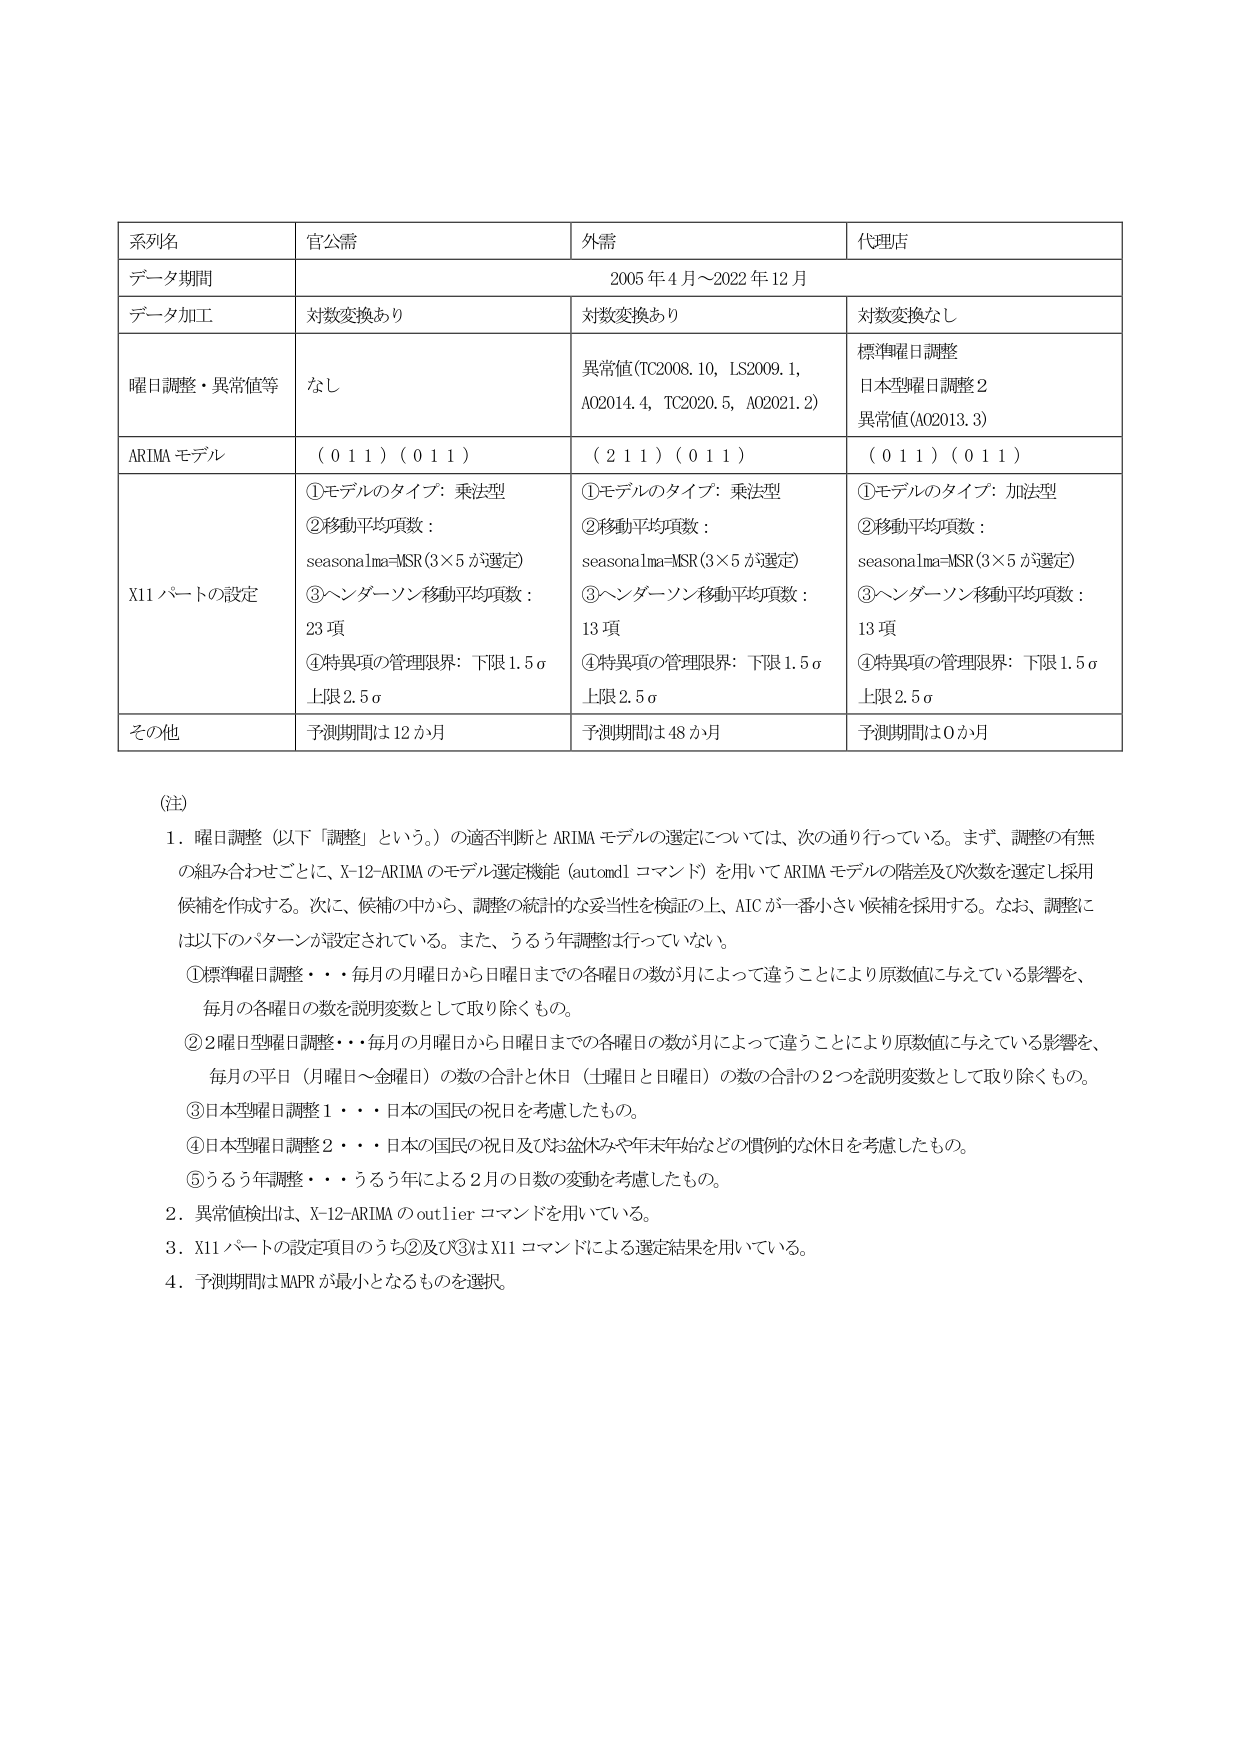
系列名　官公需　外需　代理店
データ期間